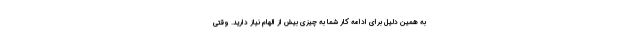
به همین دلیل برای ادامه کار شما به چیزی بیش از الهام نیاز دارید. وقتی